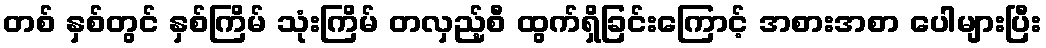
တစ် နှစ်တွင် နှစ်ကြိမ် သုံးကြိမ် တလှည့်စီ ထွက်ရှိခြင်းကြောင့် အစားအစာ ပေါများပြီး